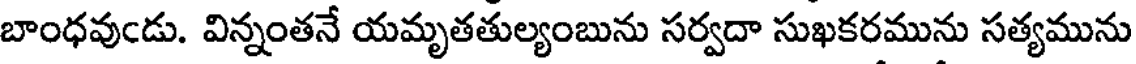
బాంధవుండు. విన్నంతనే యమృతతుల్యంబును సర్వదా సుఖకరమును సత్యమును